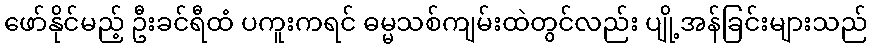
ဖော်နိုင်မည့် ဦးခင်ရီထံ ပကူးကရင် ဓမ္မသစ်ကျမ်းထဲတွင်လည်း ပျို့အန်ခြင်းများသည်